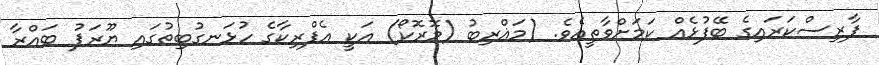
ފާރިސްކަރައިގެ ބޭފުޅެއް ކަމަށްވާތީއެވެ. (މަޣްރިބު (މޮރޮކޯ) އަކީ އެފްރިކާގެ ހުޅަނގުބިތުގައި ޔޫރަޕު ބައްރާ